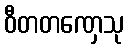
ဝီတတဏှေသု